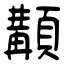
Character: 顜